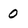
Character: 0